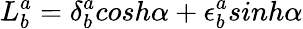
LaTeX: L_{b}^{a}=\delta_{b}^{a}cosh\alpha+\epsilon_{b}^{a}sinh\alpha